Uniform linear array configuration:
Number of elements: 8
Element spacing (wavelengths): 0.25
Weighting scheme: binomial
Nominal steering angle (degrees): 30
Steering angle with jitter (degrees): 31.316
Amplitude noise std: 0.05
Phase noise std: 0.05

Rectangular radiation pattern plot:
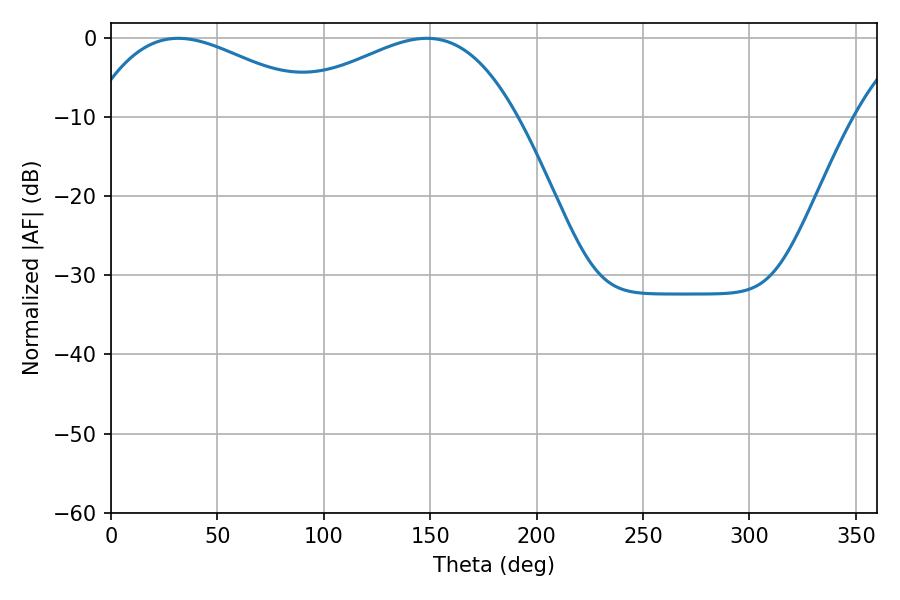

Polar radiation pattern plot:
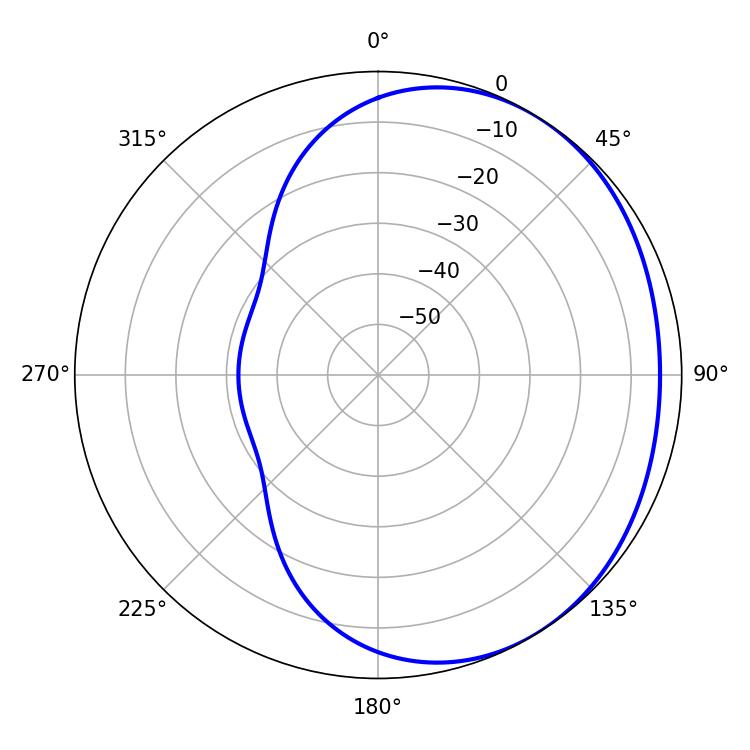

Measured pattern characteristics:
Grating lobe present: FALSE
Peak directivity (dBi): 2.015
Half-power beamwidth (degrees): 60.3
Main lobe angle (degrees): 31.68